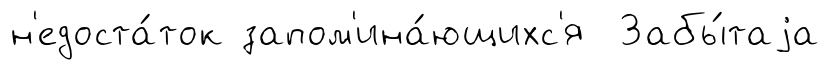
н'едоста́ток запом'ина́ющихс'я Забы́таjа